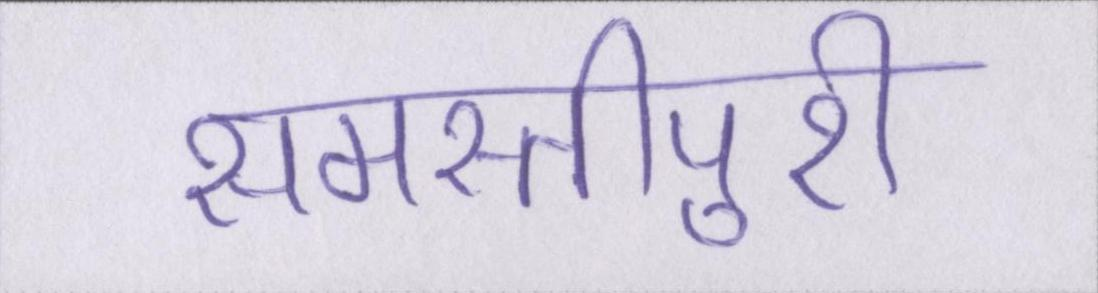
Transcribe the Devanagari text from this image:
समस्तीपुरी